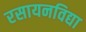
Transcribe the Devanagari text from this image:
रसायनविद्या